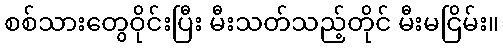
စစ်သားတွေဝိုင်းပြီး မီးသတ်သည့်တိုင် မီးမငြိမ်း။